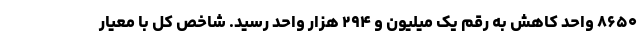
۸۶۵۰ واحد کاهش به رقم یک میلیون و ۲۹۴ هزار واحد رسید. شاخص کل با معیار